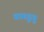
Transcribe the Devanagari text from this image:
वागडूगू